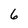
Character: 6